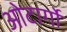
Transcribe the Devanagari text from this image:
ओटार्गो